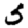
Digit: 5